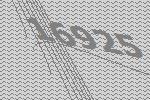
16925